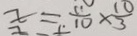
x = \frac { 1 1 } { 1 0 } \times \frac { 1 0 } { 3 }